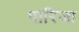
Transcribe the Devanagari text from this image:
पारिजा